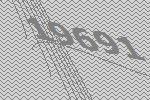
19691